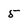
Character: 5